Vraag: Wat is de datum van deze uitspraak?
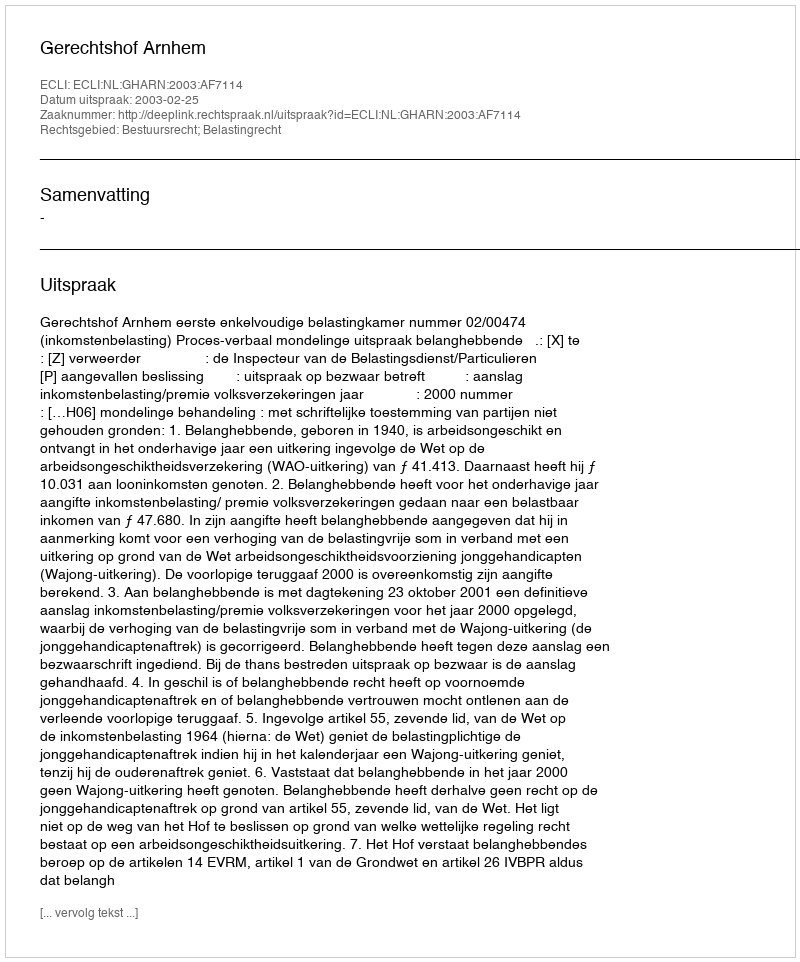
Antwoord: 2003-02-25